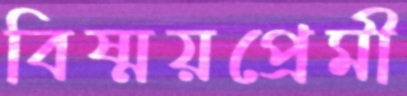
বিষ্ময়প্রেমী